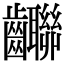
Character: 𪚄